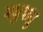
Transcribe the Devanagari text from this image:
मधुऋतु